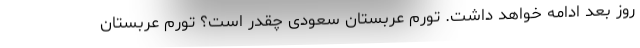
روز بعد ادامه خواهد داشت. تورم عربستان سعودی چقدر است؟ تورم عربستان